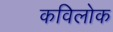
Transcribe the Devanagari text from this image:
कविलोक